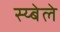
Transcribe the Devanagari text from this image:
स्य्बेले